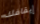
إيقافك